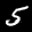
Label: 5